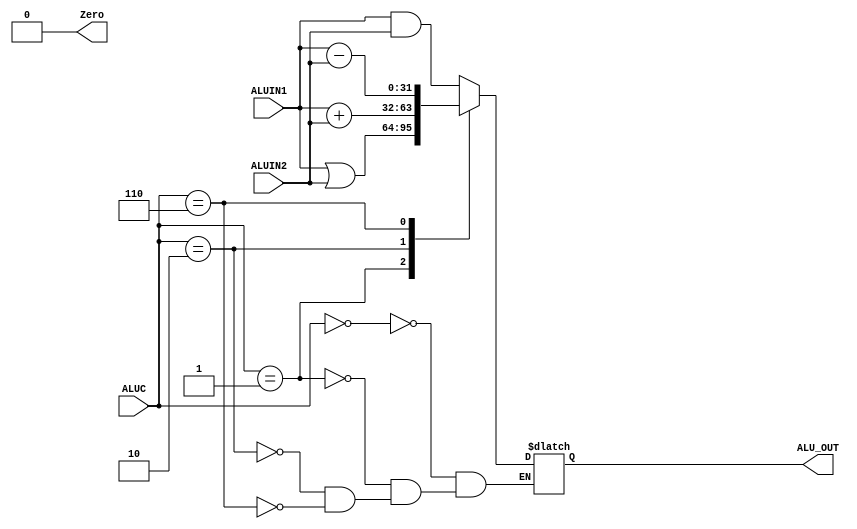
module ALU(ALUIN1, ALUIN2, ALUC, ALU_OUT, Zero);
    input [31:0] ALUIN1;
    input [31:0] ALUIN2;
    input [3:0] ALUC;
    output Zero;
    output reg [31:0] ALU_OUT;


    always @(*) begin
        case(ALUC)
            4'b0000:ALU_OUT = ALUIN1 & ALUIN2;
            4'b0001:ALU_OUT = ALUIN1 | ALUIN2;
            4'b0010:ALU_OUT = ALUIN1 + ALUIN2;
            4'b0110:ALU_OUT = ALUIN1 - ALUIN2;
        endcase
    end

    assign Zero = 0;
    
endmodule